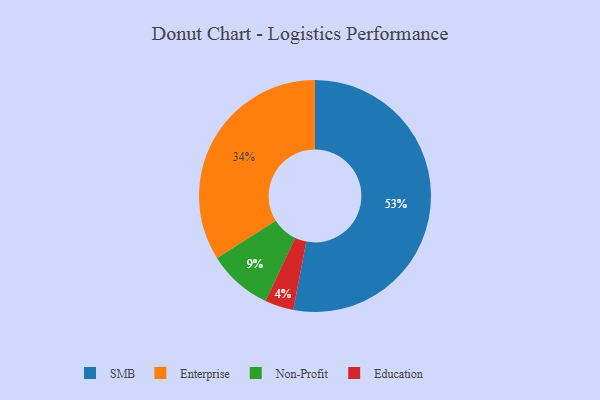
{"axis": {"x": "Category", "y": "Percentage"}, "legend": ["Education", "Enterprise", "Non-Profit", "SMB"], "data": [{"x": "Non-Profit", "y": 9, "type": "Non-Profit"}, {"x": "Education", "y": 4, "type": "Education"}, {"x": "Enterprise", "y": 34, "type": "Enterprise"}, {"x": "SMB", "y": 53, "type": "SMB"}]}